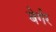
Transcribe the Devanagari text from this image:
बेर्गर